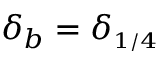
\delta _ { b } = \delta _ { \scriptscriptstyle { 1 / 4 } }